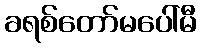
ခရစ်တော်မပေါ်မီ